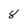
Character: 8